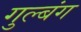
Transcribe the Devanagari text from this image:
गुल्बंग